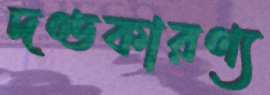
দণ্ডকারণ্য